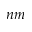
n m